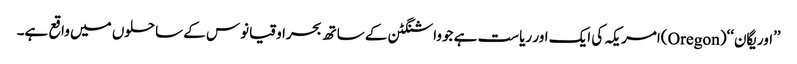
’’اوریگان‘‘(Oregon)امریکہ کی ایک اور ریاست ہے جوواشنگٹن کے ساتھ بحراوقیانوس کے ساحلوں میں واقع ہے۔